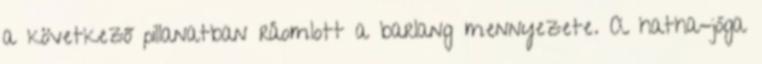
a következő pillanatban ráomlott a barlang mennyezete. A hatha-jóga